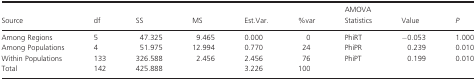
<table><thead><tr><td><b>Source</b></td><td><b>df</b></td><td><b>SS</b></td><td><b>MS</b></td><td><b>Est.Var.</b></td><td><b>%var</b></td><td><b>AMOVA Statistics</b></td><td><b>Value</b></td><td><b><i>P</i></b></td></tr></thead><tbody><tr><td>Among Regions</td><td>5</td><td>47.325</td><td>9.465</td><td>0.000</td><td>0</td><td>PhiRT</td><td>−0.053</td><td>1.000</td></tr><tr><td>Among Populations</td><td>4</td><td>51.975</td><td>12.994</td><td>0.770</td><td>24</td><td>PhiPR</td><td>0.239</td><td>0.010</td></tr><tr><td>Within Populations</td><td>133</td><td>326.588</td><td>2.456</td><td>2.456</td><td>76</td><td>PhiPT</td><td>0.199</td><td>0.010</td></tr><tr><td>Total</td><td>142</td><td>425.888</td><td></td><td>3.226</td><td>100</td><td></td><td></td><td></td></tr></tbody></table>